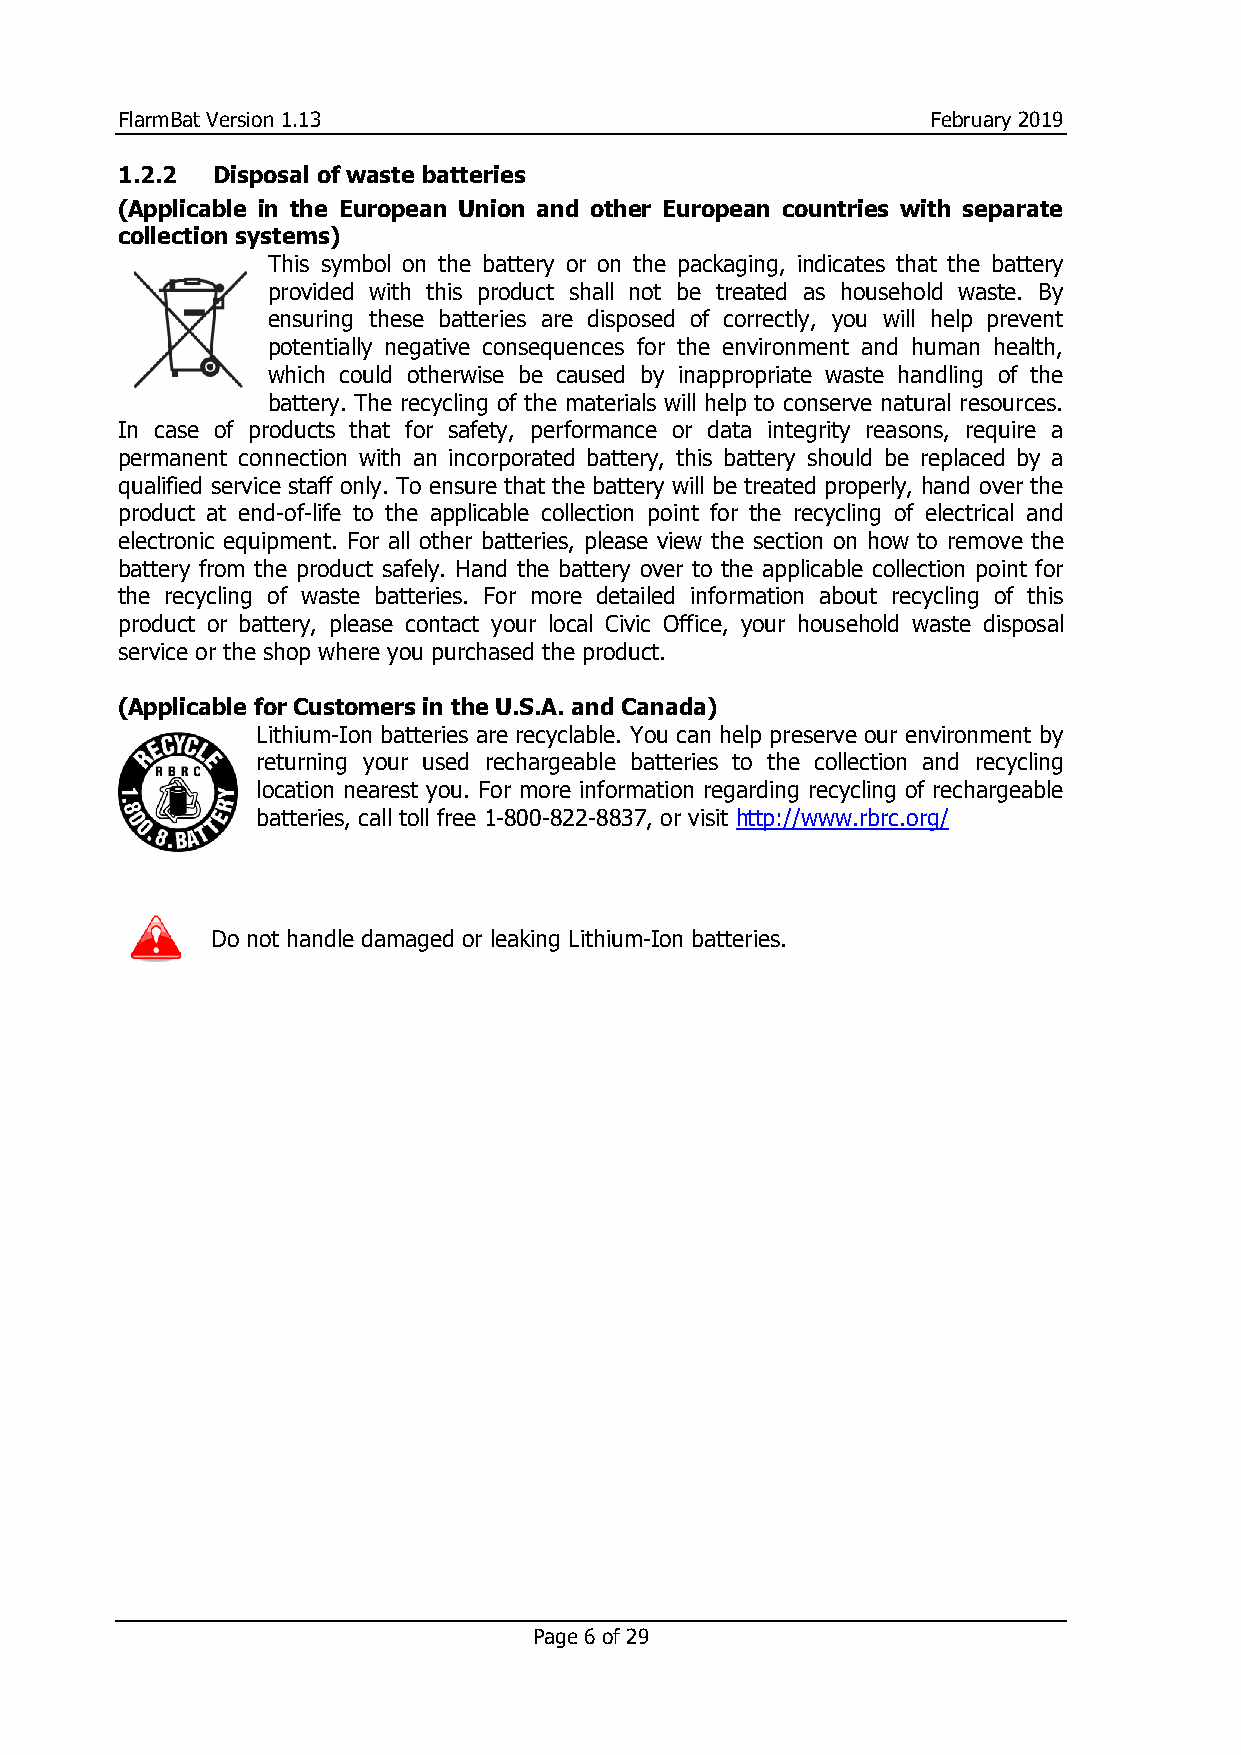
FlarmBat Version 1.13                                 February 2019
 1.2.2 Disposal of waste batteries
 (Applicable in the European Union and other European countries with separate
 collection systems)
 This symbol on the battery or on the packaging, indicates that the battery
 provided with this product shall not be treated as household waste. By
 ensuring these batteries are disposed of correctly, you will help prevent
 potentially negative consequences for the environment and human health,
 which could otherwise be caused by inappropriate waste handling of the
 battery. The recycling of the materials will help to conserve natural resources.
 In case of products that for safety, performance or data integrity reasons, require a
 permanent connection with an incorporated battery, this battery should be replaced by a
 qualified service staff only. To ensure that the battery will be treated properly, hand over the
 product at end-of-life to the applicable collection point for the recycling of electrical and
 electronic equipment. For all other batteries, please view the section on how to remove the
 battery from the product safely. Hand the battery over to the applicable collection point for
 the recycling of waste batteries. For more detailed information about recycling of this
 product or battery, please contact your local Civic Office, your household waste disposal
 service or the shop where you purchased the product.
 (Applicable for Customers in the U.S.A. and Canada)
 Lithium-Ion batteries are recyclable. You can help preserve our environment by
 returning your used rechargeable batteries to the collection and recycling
 location nearest you. For more information regarding recycling of rechargeable
 batteries, call toll free 1-800-822-8837, or visit http://www.rbrc.org/
 Do not handle damaged or leaking Lithium-Ion batteries.
 Page 6 of 29